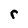
Character: r